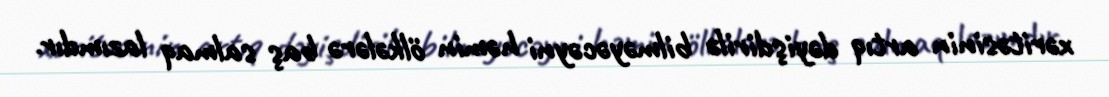
xəritəsinin artıq dəyişdirilə bilməyəcəyni həmin ölkələrə baş salmaq lazımdır.